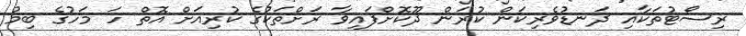
ރިސޯޓުތަކާއި ދަނޑުވެރިކަން ކުރަން ދޫކޮށްފައިވާ ރަށްތަކުގެ ކުރިއަށް އޮތް ހަ މަހުގެ ބިމު